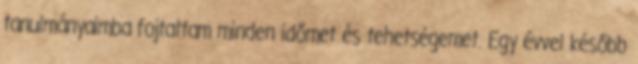
tanulmányaimba fojtattam minden időmet és tehetségemet. Egy évvel később